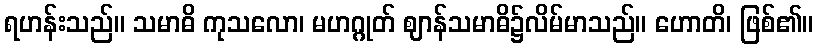
ရဟန်းသည်။ သမာဓိ ကုသလော၊ မဟဂ္ဂုတ် ဈာန်သမာဓိ၌လိမ်မာသည်။ ဟောတိ၊ ဖြစ်၏။